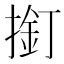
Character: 𱠣